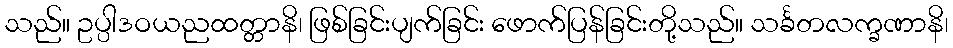
သည်။ ဥပ္ပါဒဝယညထတ္တာနိ၊ ဖြစ်ခြင်းပျက်ခြင်း ဖောက်ပြန်ခြင်းတို့သည်။ သင်္ခတလက္ခဏာနိ၊